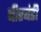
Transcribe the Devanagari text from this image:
बीरबंडी